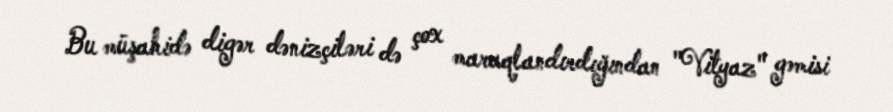
Bu müşahidə digər dənizçiləri də çox maraqlandırdığından "Vityaz" gəmisi